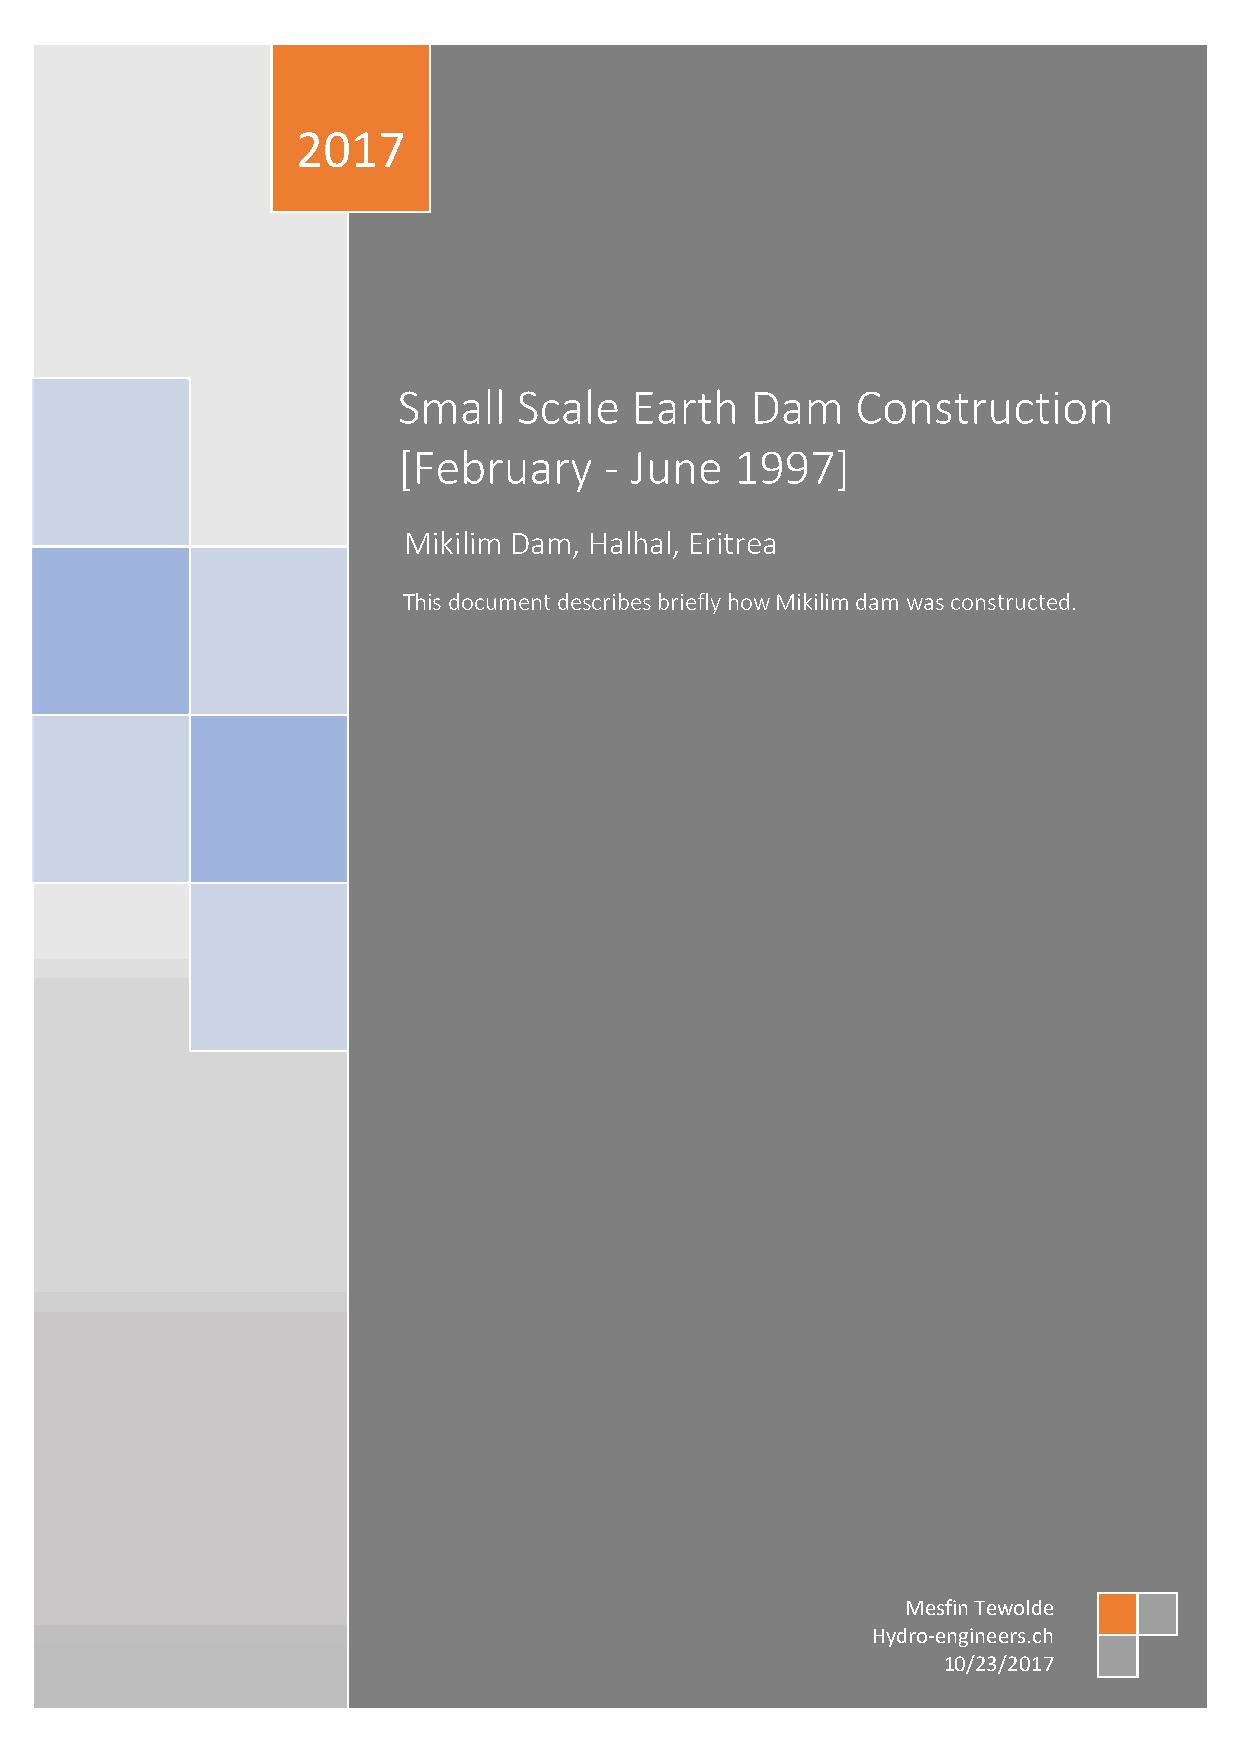
2017
 Small   Scale   Earth   Dam    Construction
 [February     - June   1997]
 Mikilim Dam, Halhal, Eritrea
 This document describes briefly how Mikilim dam was constructed.
 Mesfin Tewolde
 Hydro-engineers.ch
 10/23/2017